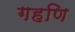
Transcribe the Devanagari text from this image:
गहणि